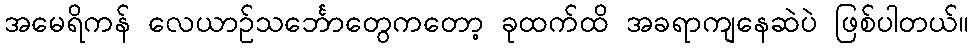
အမေရိကန် လေယာဥ်သင်္ဘောတွေကတော့ ခုထက်ထိ အခရာကျနေဆဲပဲ ဖြစ်ပါတယ်။